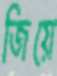
জিয়ে